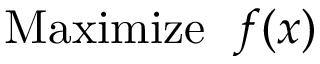
{ \mathrm { M a x i m i z e ~ } } \; f ( x )